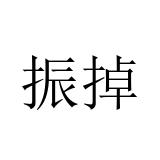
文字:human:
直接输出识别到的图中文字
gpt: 振掉